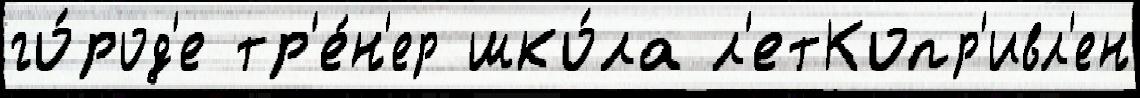
го́род'е тр'е́н'ер шко́ла л'етКопр'ивл'ен